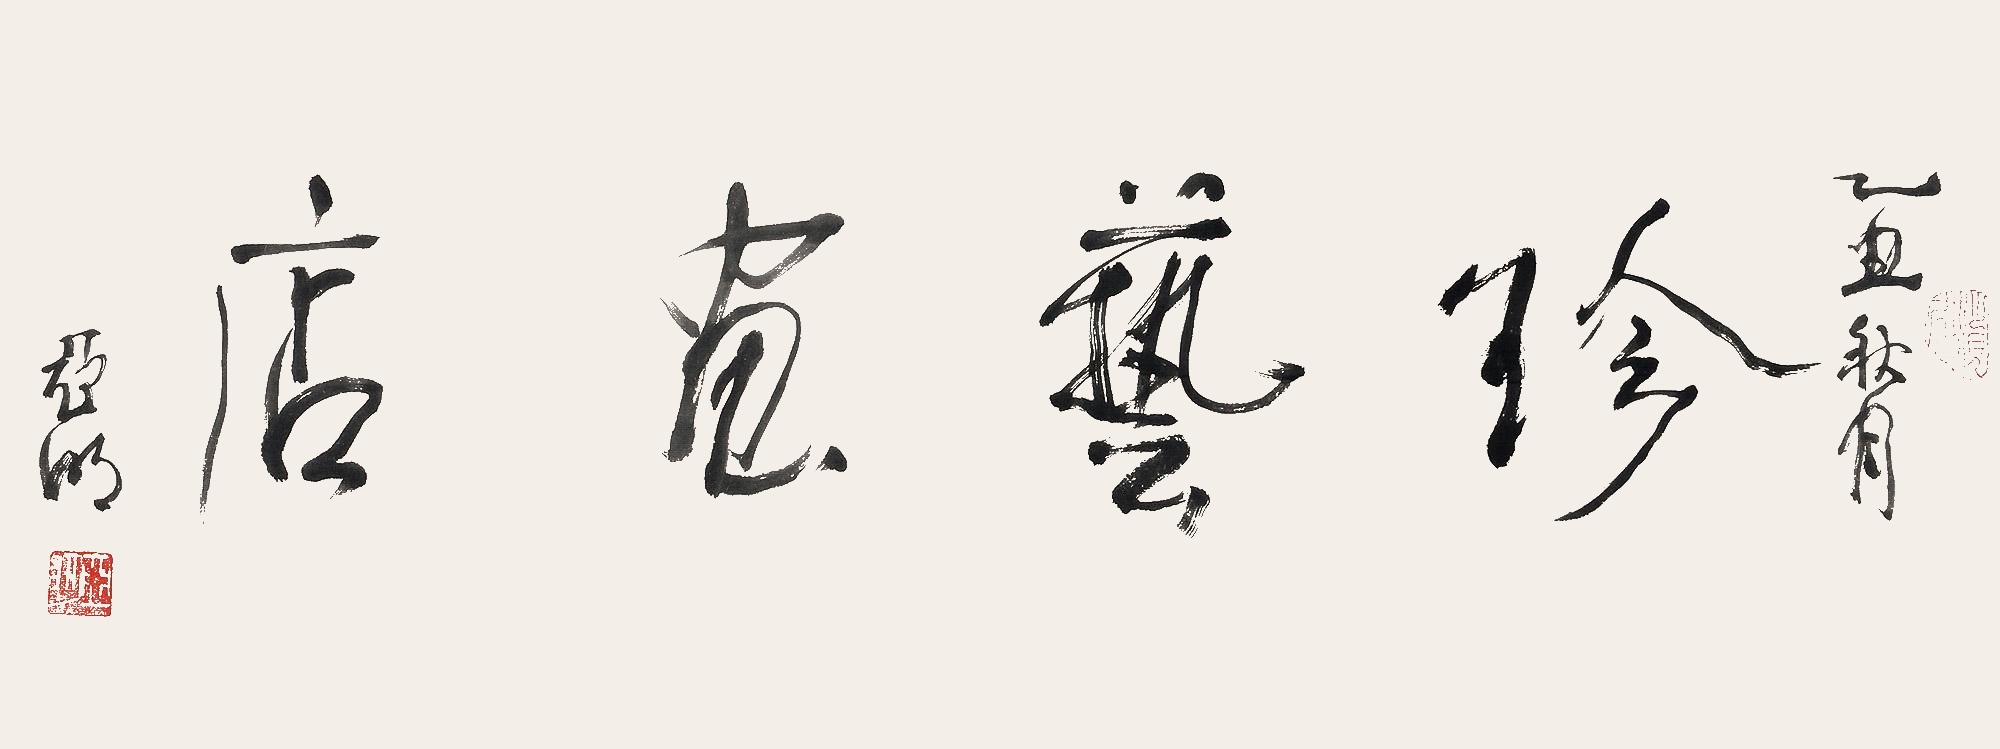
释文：珍艺画店乙丑秋月，亚明。